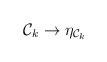
LaTeX: \begin{align*}{\cal{C}}_{k} \to \eta_{{\cal{C}}_{k}} \end{align*}